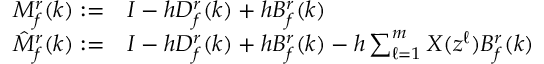
\begin{array} { r l } { M _ { f } ^ { r } ( k ) : = } & { { } I - h D _ { f } ^ { r } ( k ) + h B _ { f } ^ { r } ( k ) } \\ { \hat { M } _ { f } ^ { r } ( k ) : = } & { { } I - h D _ { f } ^ { r } ( k ) + h B _ { f } ^ { r } ( k ) - h \textstyle \sum _ { \ell = 1 } ^ { m } X ( z ^ { \ell } ) B _ { f } ^ { r } ( k ) } \end{array}